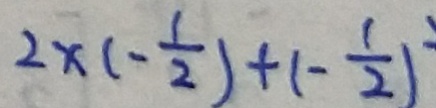
2 \times ( - \frac { 1 } { 2 } ) + ( - \frac { 1 } { 2 } ) ^ { 2 }